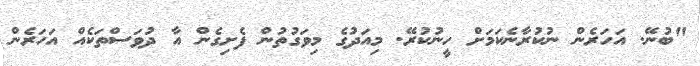
"ބުނޭ. އަހަރެން ނުކުރާނެކަމަށް ހީނުކުރޭ. މިއަދުގެ މިވަގުތުން ފެށިގެން އާ ދުވަސްތަކެއް އަހަރެން